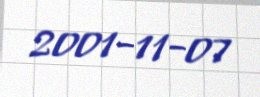
2001-11-07